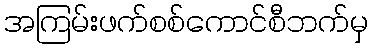
အကြမ်းဖက်စစ်ကောင်စီဘက်မှ